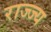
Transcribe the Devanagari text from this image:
राज्ज्य